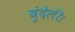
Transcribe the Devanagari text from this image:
बुंदेली।